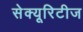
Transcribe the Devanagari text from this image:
सेक्यूरिटीज